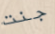
جنت